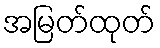
အမြတ်ထုတ်